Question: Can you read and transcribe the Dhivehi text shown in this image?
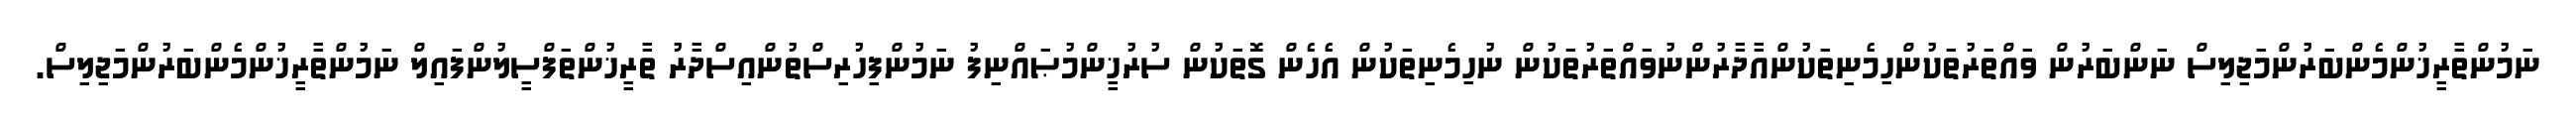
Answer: ނަމުންތާރީޚުންމެންބަރުންމަޖިލިސް ނަންބަރުން ވައްތަރުތަކުންހިމެނިތަކުންއާދާރުންނުވައްތަރުތަކުން ނުހިމެނިތަކުން އެހެން ގޮތަކުން ސުރުޚީންމުޞައްނިފު ނަމުންފިހުރިސްތުންއިސްދާރު ތާރީޚުންތަފްސީލުންފައިލް ނަމުންތާރީޚުންމެންބަރުންމަޖިލިސް.